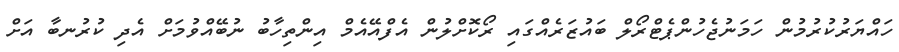
ހައްޔަރުކުރުމުން ހަމަނުޖެހުންޕެޓްރޯލް ބައުޒަރެއްގައި ރޯކޮށްލުން އެފްއޭއެމް އިންތިހާބު ނުބޭއްވުމަށް އެދި ކުރުނބާ އަށް